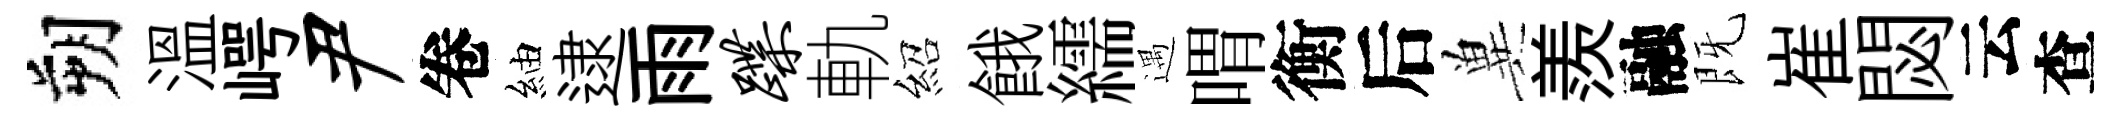
朔溫崿尹卷紬逮雨蹀軌紹餓繻遇喟衡后兾羨融既崔閟云查